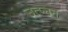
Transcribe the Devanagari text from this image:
उत्प्नन